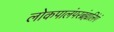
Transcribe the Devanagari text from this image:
लोकपालंपरब्रंह्मलिंगं